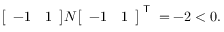
{ \left[ \begin{array} { l l } { - 1 } & { 1 } \end{array} \right] } N { \left[ \begin{array} { l l } { - 1 } & { 1 } \end{array} \right] } ^ { \textsf { T } } = - 2 < 0 .